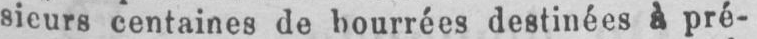
sieurs centaines de bourrées destinées à pré-